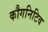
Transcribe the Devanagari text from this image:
कौगनिटिव